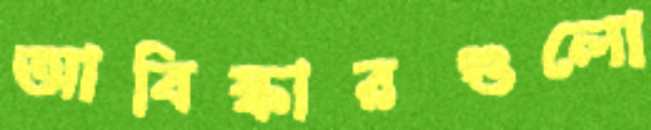
আবিষ্কারগুলো